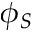
\phi _ { S }